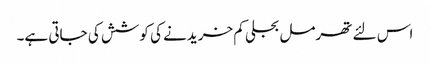
اس لئے تھرمل بجلی کم خریدنے کی کوشش کی جاتی ہے۔